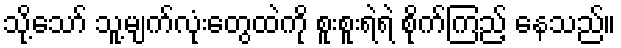
သို့သော် သူ့မျက်လုံးတွေထဲကို စူးစူးရဲရဲ စိုက်ကြည့် နေသည်။